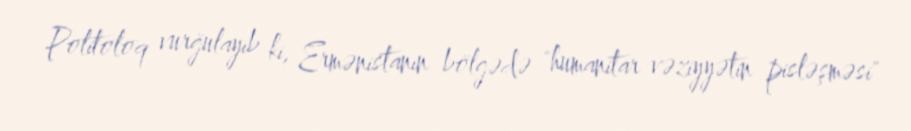
Politoloq vurğulayıb ki, Ermənistanın bölgədə "humanitar vəziyyətin pisləşməsi"